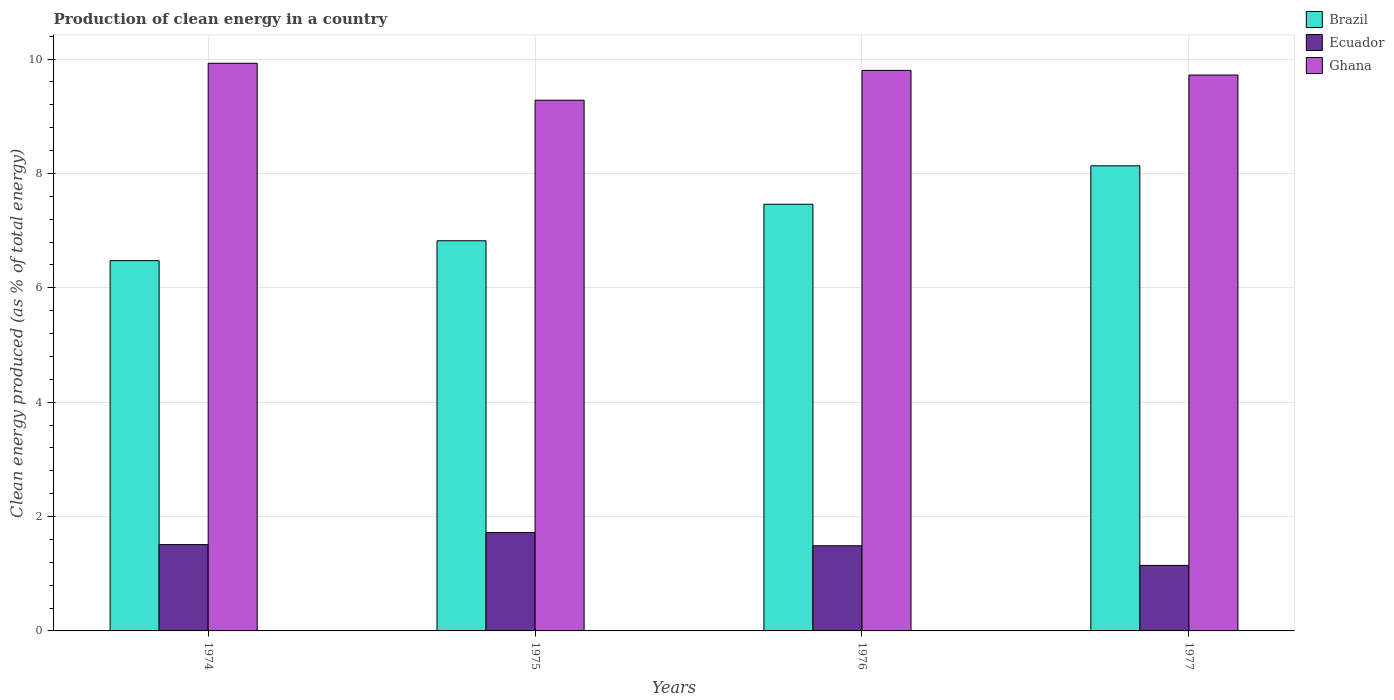
| Years | Brazil | Ecuador | Ghana |
 | --- | --- | --- | --- |
 | 1974 | 6.47 | 1.51 | 9.93 |
 | 1975 | 6.82 | 1.72 | 9.28 |
 | 1976 | 7.46 | 1.49 | 9.8 |
 | 1977 | 8.13 | 1.15 | 9.72 |